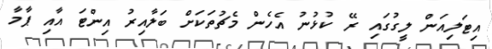
އިޓަލިއަން ލީގުގައި ރޭ ކުޅުނު އެހެން މެޗުތަކަށް ބަލާއިރު އިންޓަ އާއި ޕާމާ